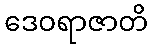
ဒေဝရာဇာတိ